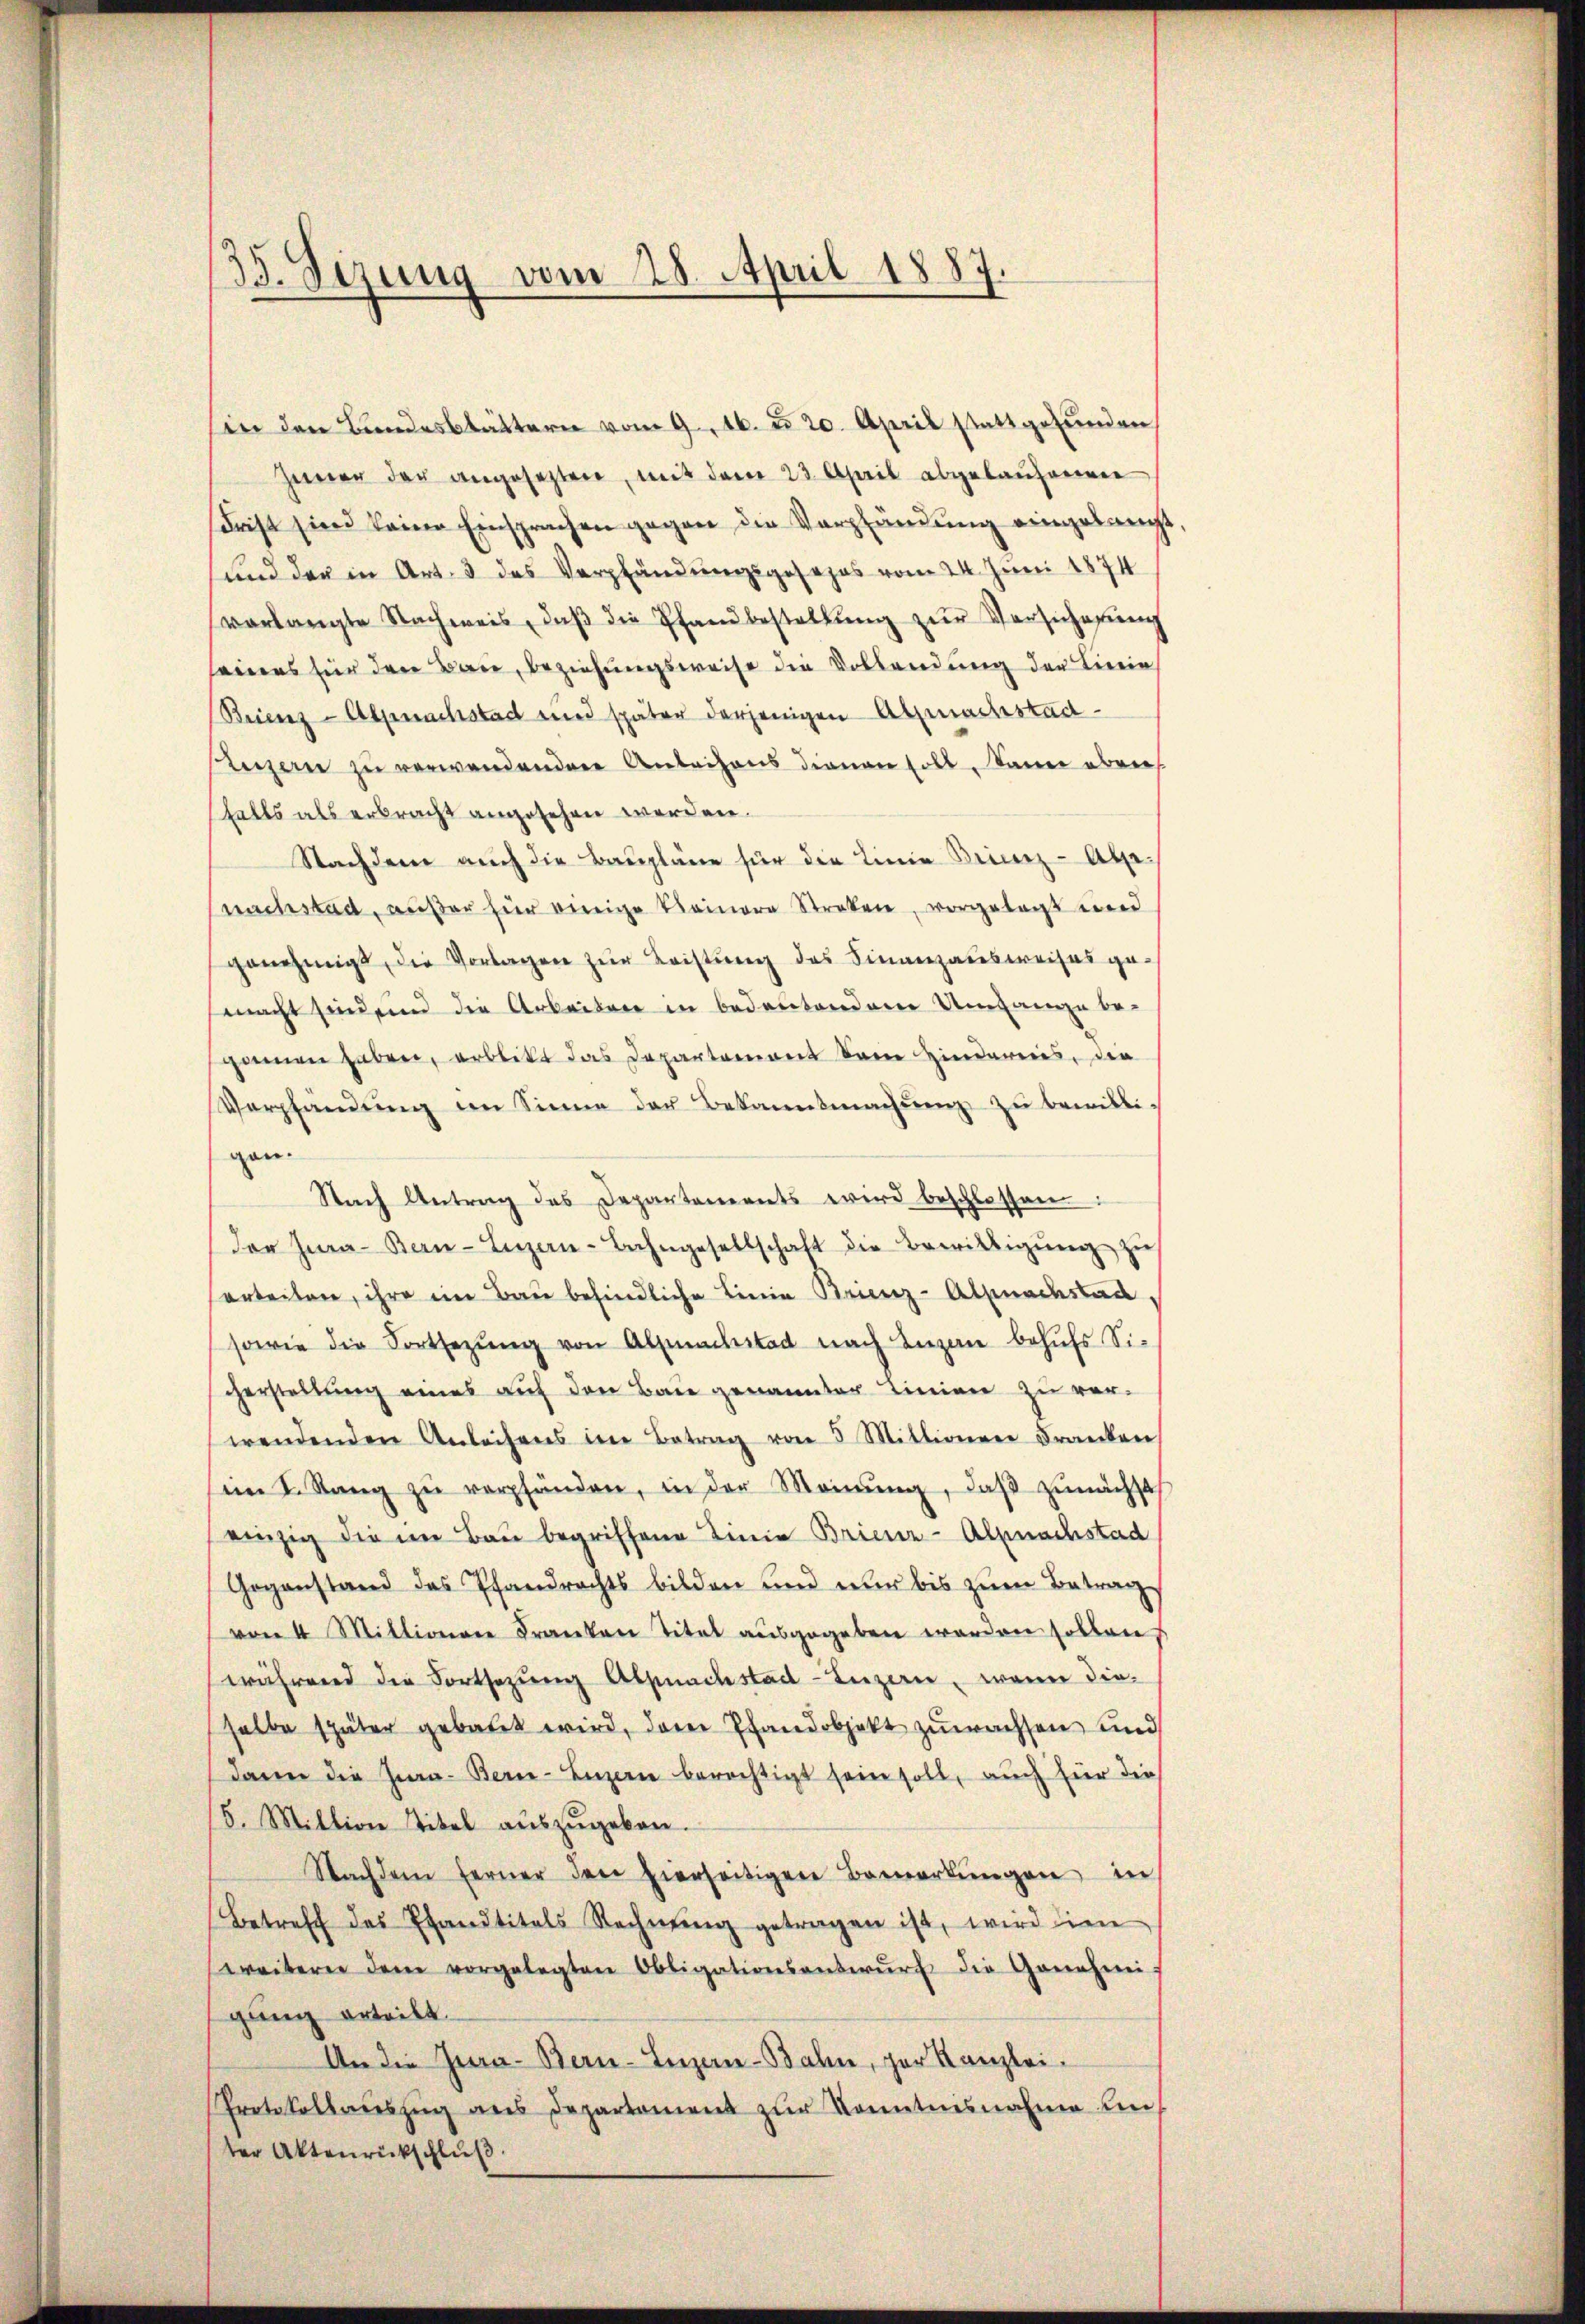
33. Sizung vom 28. April 1887

sin den Bundesblättern vom 9. 16. d. 20. April stattgefunden
Zimer der angesetzten, mit dem 23. April abgelaŭferiren
Frist sind keine Einsprachen gegen die Verpfändung eingelangt
und der in Art. 3 des Verpfändungsgesezes vom 24. Juni 1874
verlangte Nachweis, daβ die Pfandbestellŭng zŭr Versicherung
seines für den Bau, beziehungsweise die Vollendung der Bierin
Brienz-Alpnachstadt und später derjenigen Abmachstad
Luzern zu verwandendere Anleihens dienen soll, kann aber
falls als erbracht angesehen werden.
Nachdem auch die Baupläne für die Linie Brienz-Abse
nachstad, außer hier einige keinere Streken, vorgelegt und
genehmigt, die Vorlagen zur Leistung des Finanzausweises ge-
macht sind und die Arbeiten in bedeutendem Umfange be-
gonnen haben, erblitt das Departement kein Hinderes, die
Verpfändŭng im Sinne der Bekanntmachŭng zŭ bewilli-
gan.
Nach Antrag des Departements wird beschlossen:
der Zŭa-Ben-Luzern-Bahngesellschaft die Bewilligŭng zŭ
erteilen, ihre ein Bau befindliche Linie Brienz-Alpnachstad,
sowie die Fortsetzŭng von Almachstad nach Luzen behufs Sicherstellung eines auf den Baue genannter Linien zu ver-
wendenden Anleihens im Betrag von 5 Mittionen Franken
m I. Rang zŭ verpfänden, in der Meinŭng, daβ zŭnächst
einzig die im Bau begriffene Linie Brienz-Alpnachstad
Gegenstand das Pfandrechts bilden und nur bis zŭm Betrag
von 4 Mittwe Franken Titel aŭsgegeben worden sollen.
während die Fortsezung Alpnachstad Luzern, wenn dieselbe später gebauet wird, das Pfandobjekt zuwachsen und
dann die Jura- Berne-Luzerne berechtigt sein soll, auch für die
5. Mittion Titel aŭszŭgeben.
Nachdem ferner den hierseitigen Bemerkŭngen in
Betreff des Pfandtitels Rechnŭng getragen ist, wird dien
weiteren dem vorgelegten Obligationsantwŭrf die Genehmi-
gung erteilt.
An die Jura - Bern-Luzern-Bahn, zur Kanzlei.
Protokollaŭszŭg ans Departement zŭr Kenntnisnahme un
ter Aktenrückschluß